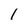
Character: 1